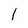
Character: I